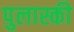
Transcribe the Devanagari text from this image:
पुलास्की